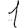
Digit: 1